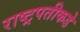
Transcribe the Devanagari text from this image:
राष्ट्रपतीकडे